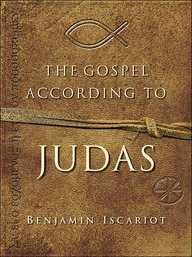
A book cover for The Gospel According to Judas; Jeffrey; Iscariot, Benjamin; Maloney, Francis J. Archer; Christian Books & Bibles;